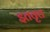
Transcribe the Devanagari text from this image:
इतवृत्त